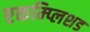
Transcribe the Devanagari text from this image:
एकम्प्लिशड